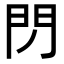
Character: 閁